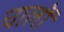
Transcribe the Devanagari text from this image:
चालोँ